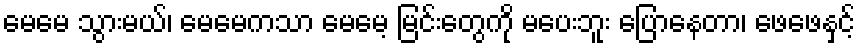
မေမေ သွားမယ်၊ မေမေကသာ မေမေ့ မြင်းတွေကို မပေးဘူး ပြောနေတာ၊ ဖေဖေနှင့်